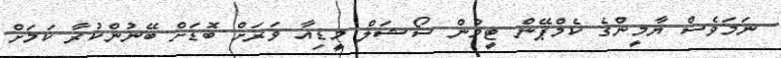
ނަމަވެސް ޔާމީންގެ ކެމްޕޭން ޓީމުން ސޯޝަލް މީޑިއާ ވަރަށް ބޮޑަށް ބޭނުންކުރާ ކަމަށް